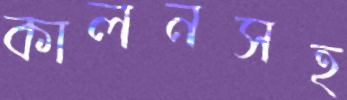
কালনসহ